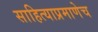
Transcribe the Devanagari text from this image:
साहित्याप्रमाणेच